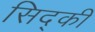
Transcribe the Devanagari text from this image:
सिद्की